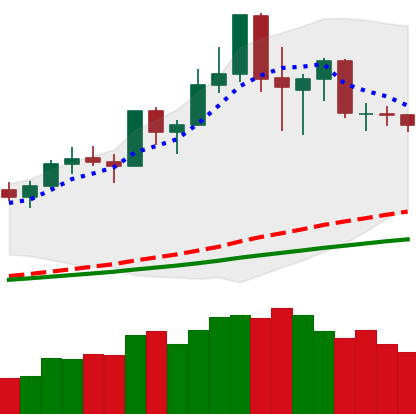
Ticker: NEO-USD
Chart end date: 2020-02-22
Forward return: -16.904%
Label: down_7plus